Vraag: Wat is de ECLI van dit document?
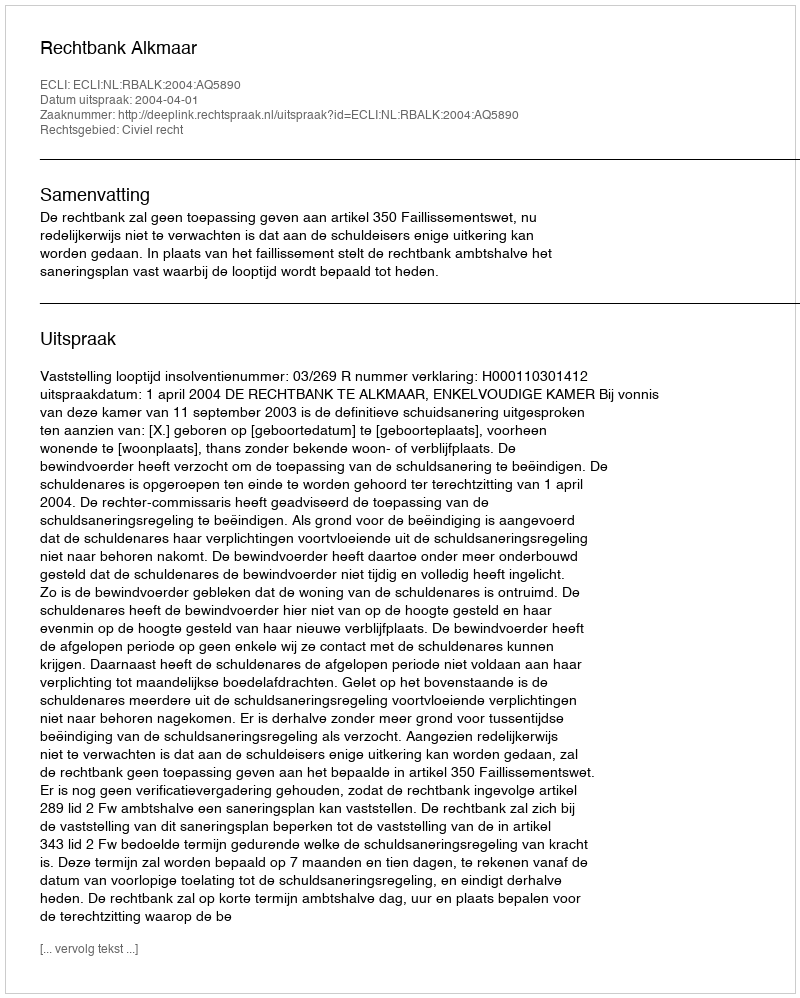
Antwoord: ECLI:NL:RBALK:2004:AQ5890